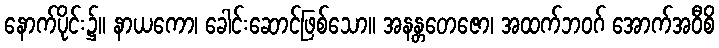
နောက်ပိုင်း၌။ နာယကော၊ ခေါင်းဆောင်ဖြစ်သော။ အနန္တတေဇော၊ အထက်ဘဝဂ် အောက်အဝီစိ